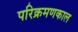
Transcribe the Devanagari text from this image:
परिक्रमणकाल